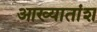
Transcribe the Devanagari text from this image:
आख्यातांश